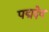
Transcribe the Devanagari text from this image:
पद्मदेव